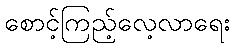
စောင့်ကြည့်လေ့လာရေး